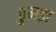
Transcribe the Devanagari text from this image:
ठुमड़ा